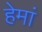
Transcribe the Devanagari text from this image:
हेमां